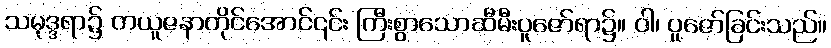
သမုဒ္ဒရာ၌ တယူဇနာတိုင်အောင်၎င်း ကြီးစွာသောဆီမီးပူဇော်ရာ၌။ ဝါ၊ ပူဇော်ခြင်းသည်။